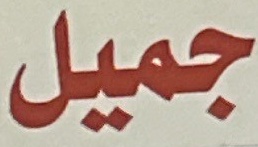
جميل